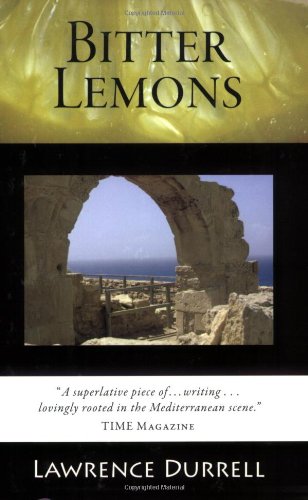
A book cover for Bitter Lemons; Lawrence Durrell; Travel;